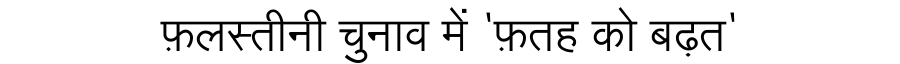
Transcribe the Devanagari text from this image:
फ़लस्तीनी चुनाव में 'फ़तह को बढ़त'